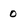
Character: 0